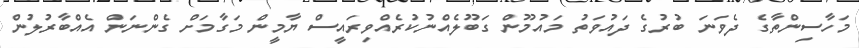
މަހާސިންތާގެ ދެވަނަ ބުރުގެ ދައުވަތު މައުމޫން ގަބޫލެއްނުކުރެއްވިރައީސް ޔާމީން މަގާމަށް ގެންނަން އެއްބާރުލުން